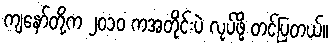
ကျနော်တို့က ၂၀၁၀ ကအတိုင်းပဲ လုပ်ဖို့ တင်ပြတယ်။